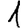
Digit: 1